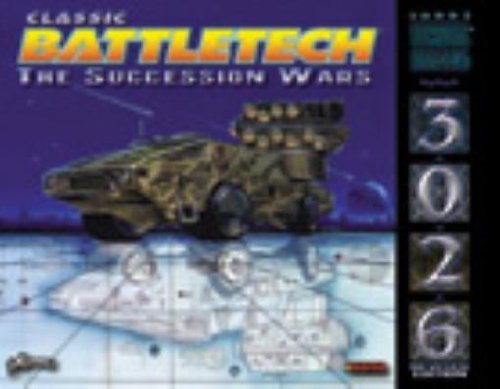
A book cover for Classic Battletech Technical Readout: 3026 (The Succession Wars); Kevin Stein; Science Fiction & Fantasy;